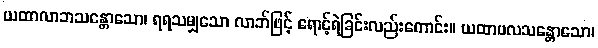
ယထာလာဘသန္တောသော၊ ရရသမျှသော လာဘ်ဖြင့် ရောင့်ရဲခြင်းလည်းကောင်း။ ယထာဗလသန္တောသော၊